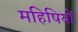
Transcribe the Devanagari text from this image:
महिषियों